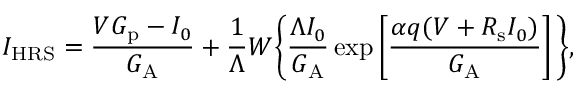
I _ { \mathrm { H R S } } = \frac { V G _ { \mathrm { { p } } } - I _ { 0 } } { G _ { \mathrm { { A } } } } + \frac { 1 } { \Lambda } W \Biggl \{ \frac { \Lambda I _ { 0 } } { G _ { \mathrm { A } } } \exp \left[ \frac { \alpha q ( V + R _ { \mathrm { s } } I _ { 0 } ) } { G _ { \mathrm { A } } } \right] \Biggl \} ,